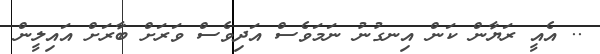
.. އެއީ ރަޔާން ކަން އިނގުނު ނަމަވެސް އަދިވެސް ވަރަށް ބާރަށް އައިލީން